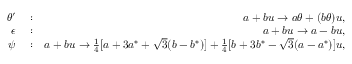
\begin{array} { r l r } { \theta ^ { \prime } } & { { } : } & { a + b u \rightarrow a \theta + ( b \theta ) u , } \\ { \epsilon } & { { } : } & { a + b u \rightarrow a - b u , } \\ { \psi } & { { } : } & { a + b u \rightarrow \frac { 1 } { 4 } [ a + 3 a ^ { * } + \sqrt { 3 } ( b - b ^ { * } ) ] + \frac { 1 } { 4 } [ b + 3 b ^ { * } - \sqrt { 3 } ( a - a ^ { * } ) ] u , } \end{array}